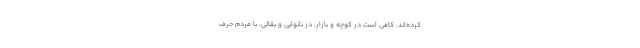
کرده‌اند. کافی است در کوچه و بازار، در نانوایی و بقالی، با مردم حرف